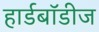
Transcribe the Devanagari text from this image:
हार्डबॉडीज